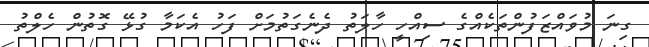
ގިނަ މުވައްޒަފުންތަކެއްގެ ސިއްހީ ހާލަތު ދެނެގަތުމަށް ފަހު އެކަމާ ގުޅޭ ގޮތުން ހެލްތު